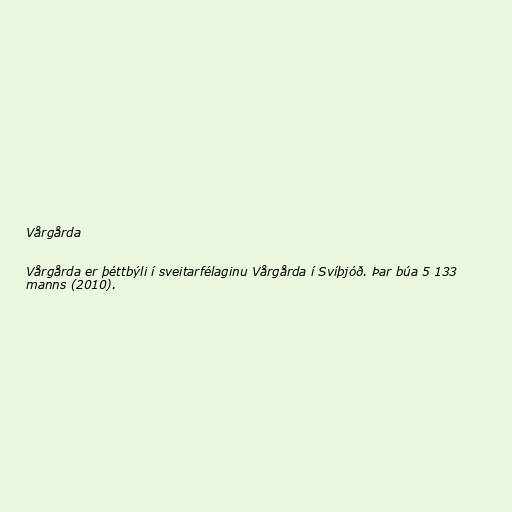
Vårgårda

Vårgårda er þéttbýli í sveitarfélaginu Vårgårda í Svíþjóð. Þar búa 5 133
manns (2010).